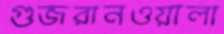
গুজরানওয়ালা